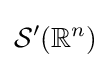
{\mathcal {S}}'(\mathbb {R} ^{n})